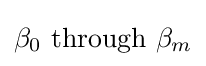
\beta _{0}{\text{ through }}\beta _{m}